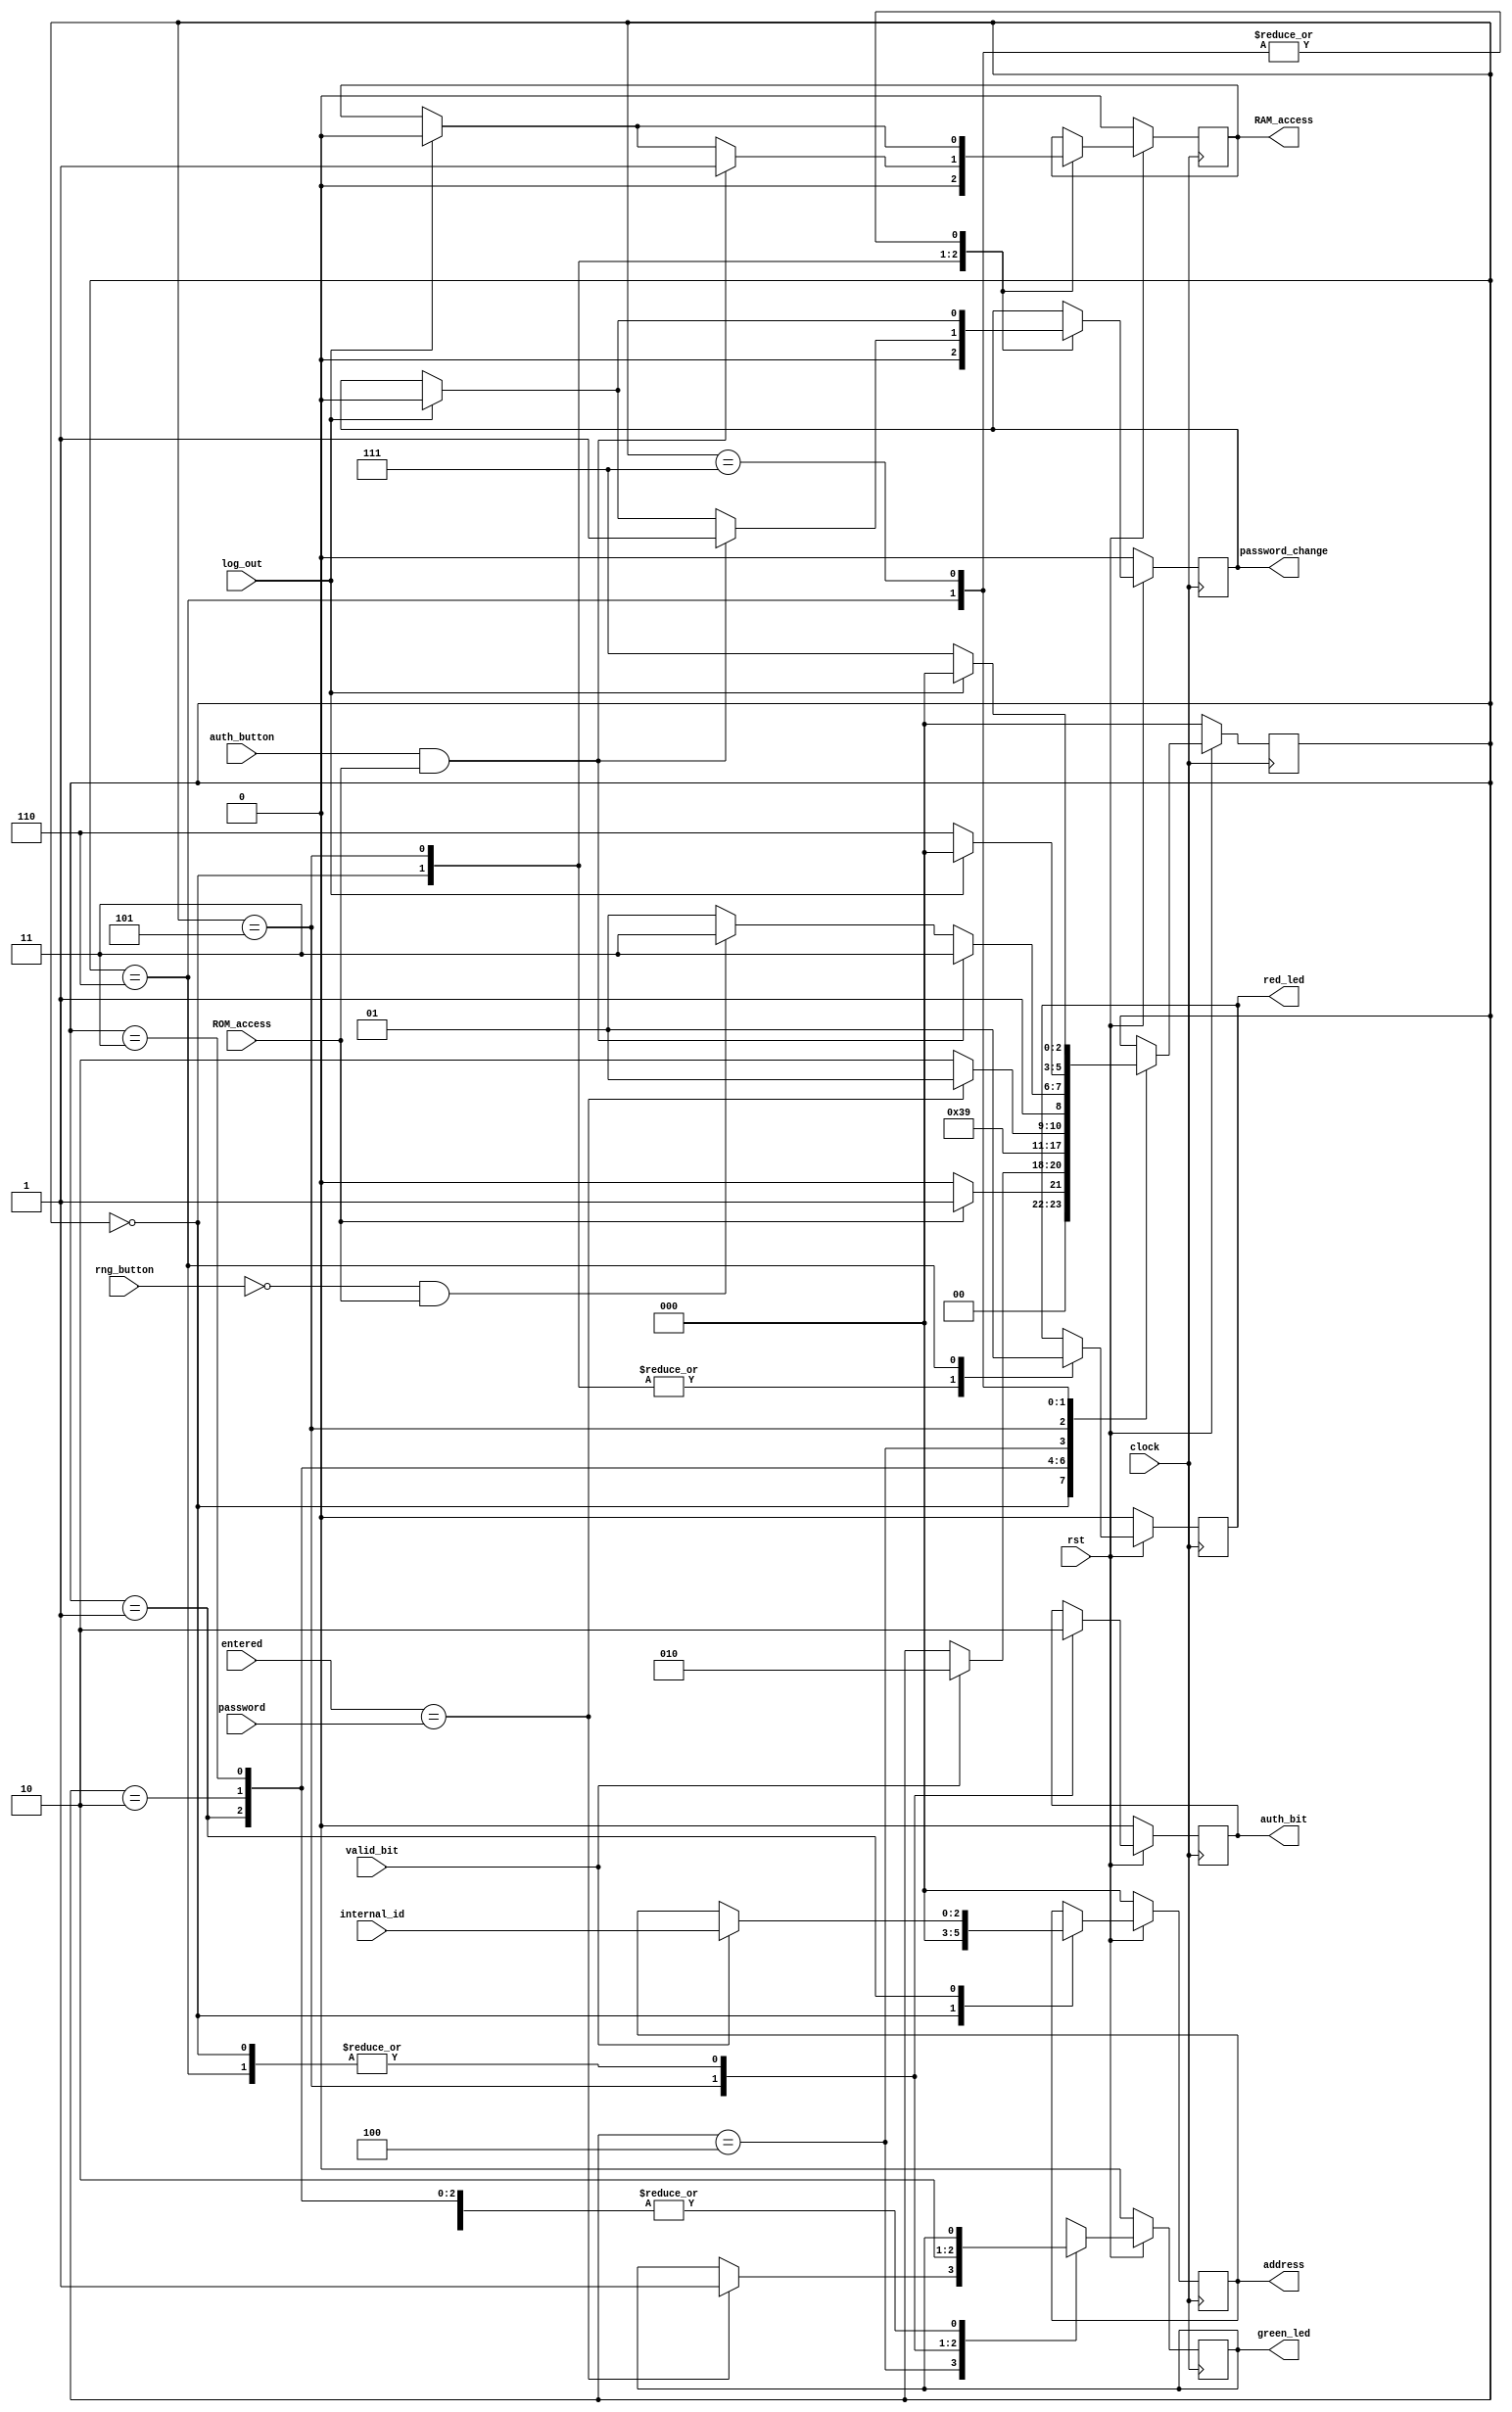
module ROM_Password_Control(rng_button,valid_bit, ROM_access,auth_button,log_out, entered, internal_id, address, password, auth_bit, red_led, green_led, RAM_access, password_change,clock, rst);
 //Declaring inputs and outputs
 input valid_bit,log_out,auth_button,ROM_access,rng_button;
 input [2:0] internal_id;
 input [15:0] entered,password;
 input clock,rst;
 output reg auth_bit,RAM_access,password_change;
 output reg red_led, green_led;
 output reg [2:0] address;

 //register to store state
 reg [2:0] state;
 parameter INIT=0,ROM_addr=1,delay1=2,delay2=3,compare=4,success=5,failed=6,halt=7;

 //loop at each positive edge of the clock
 always @ (posedge clock)
 begin
  if(rst==0)
  begin
   address<=3'b000;
   state<=INIT;
   red_led<=0;
   green_led<=0;
   auth_bit<=0;
   RAM_access<=0;
   password_change<=0;
  end
  else
  begin
   case(state)
   INIT:
   begin
    address<=3'b000;
    red_led<=0;
    green_led<=0;
    auth_bit<=0;
    RAM_access<=0;
    password_change<=0;
    if(ROM_access==1)
    begin
     state<=ROM_addr;
    end
    else
    begin
     state<=INIT;
     address<=3'b000;
    end
   end
   ROM_addr:
   begin
    if(valid_bit==1)
    begin
     address<=internal_id;
     state<=delay1;
    end
   end
   delay1:
   begin
    state<=delay2;
   end
   delay2:
   begin
    state<=compare;
   end
   compare:
   begin
    if(entered==password)
    begin
     green_led<=1;
     state<=success;
    end
    else
    begin
     state<=failed;
    end 
   end
   success:
   begin
    green_led<=1;
    red_led<=0;
    auth_bit<=1;
    if(log_out==1)
    begin
     RAM_access<=0;
     password_change<=0;
     state<=INIT;
    end 
    else state<=success;
    if(auth_button==1 && ROM_access==1)
    begin
     RAM_access<=1;
     password_change<=1;
     state<=halt;
    end
    else if(rng_button==0 && ROM_access==1)
    state<=halt;
    else state<=success;
   end
   failed:
   begin
    auth_bit<=0;
    red_led<=1;
    green_led=0;
    if(auth_button==1)
    begin
     state<=INIT;
    end
    else
     state<=failed;
    if(log_out==1)
    begin
     RAM_access<=0;
     password_change<=0;
     state<=INIT;
    end
    else state<=failed;
   end
   halt:
   begin
    if(log_out==1)
    begin
     RAM_access<=0;
     password_change<=0;
     state<=INIT;
    end
    else state<=halt;
   end
   endcase
  end
 end
endmodule